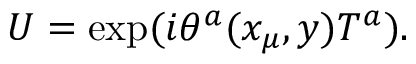
U = \exp ( i \theta ^ { a } ( x _ { \mu } , y ) T ^ { a } ) .